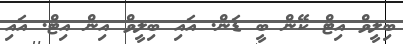
ބިލީވް އިޓް ކޭން ބީ ޑަން. އައި ބިލީވް އިން އިޓް. އައި